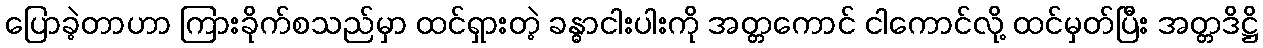
ပြောခဲ့တာဟာ ကြားခိုက်စသည်မှာ ထင်ရှားတဲ့ ခန္ဓာငါးပါးကို အတ္တကောင် ငါကောင်လို့ ထင်မှတ်ပြီး အတ္တဒိဋ္ဌိ